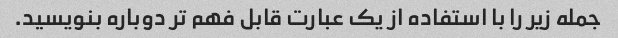
جمله زیر را با استفاده از یک عبارت قابل فهم تر دوباره بنویسید.